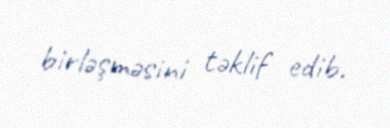
birləşməsini təklif edib.